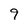
Character: 9